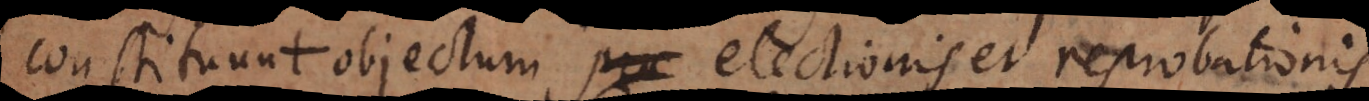
constituunt objectum electionis et reprobationis